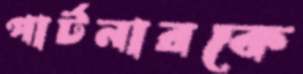
পার্টনারকে